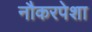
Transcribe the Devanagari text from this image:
नौकरपेशा